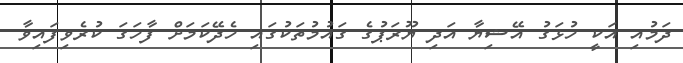
ދަމުއި އަކީ ހުޅަގު އޭޝިޔާ އަދި ޔޫރަޕުގެ ގައުމުތަކުގައި ހެދޭކަމަށް ފާހަގަ ކުރެވިފައިވާ